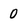
Character: 0